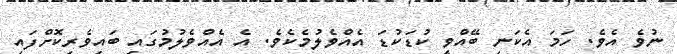
ނުވެ އެވެ. ހަމަ އެކަނި ބޭއްވީ ކުޑަކުޑަ އެއްވެލުމެކެވެ. އެ އެއްވެލުމުގައި ބައިވެރިކޮށްފައި